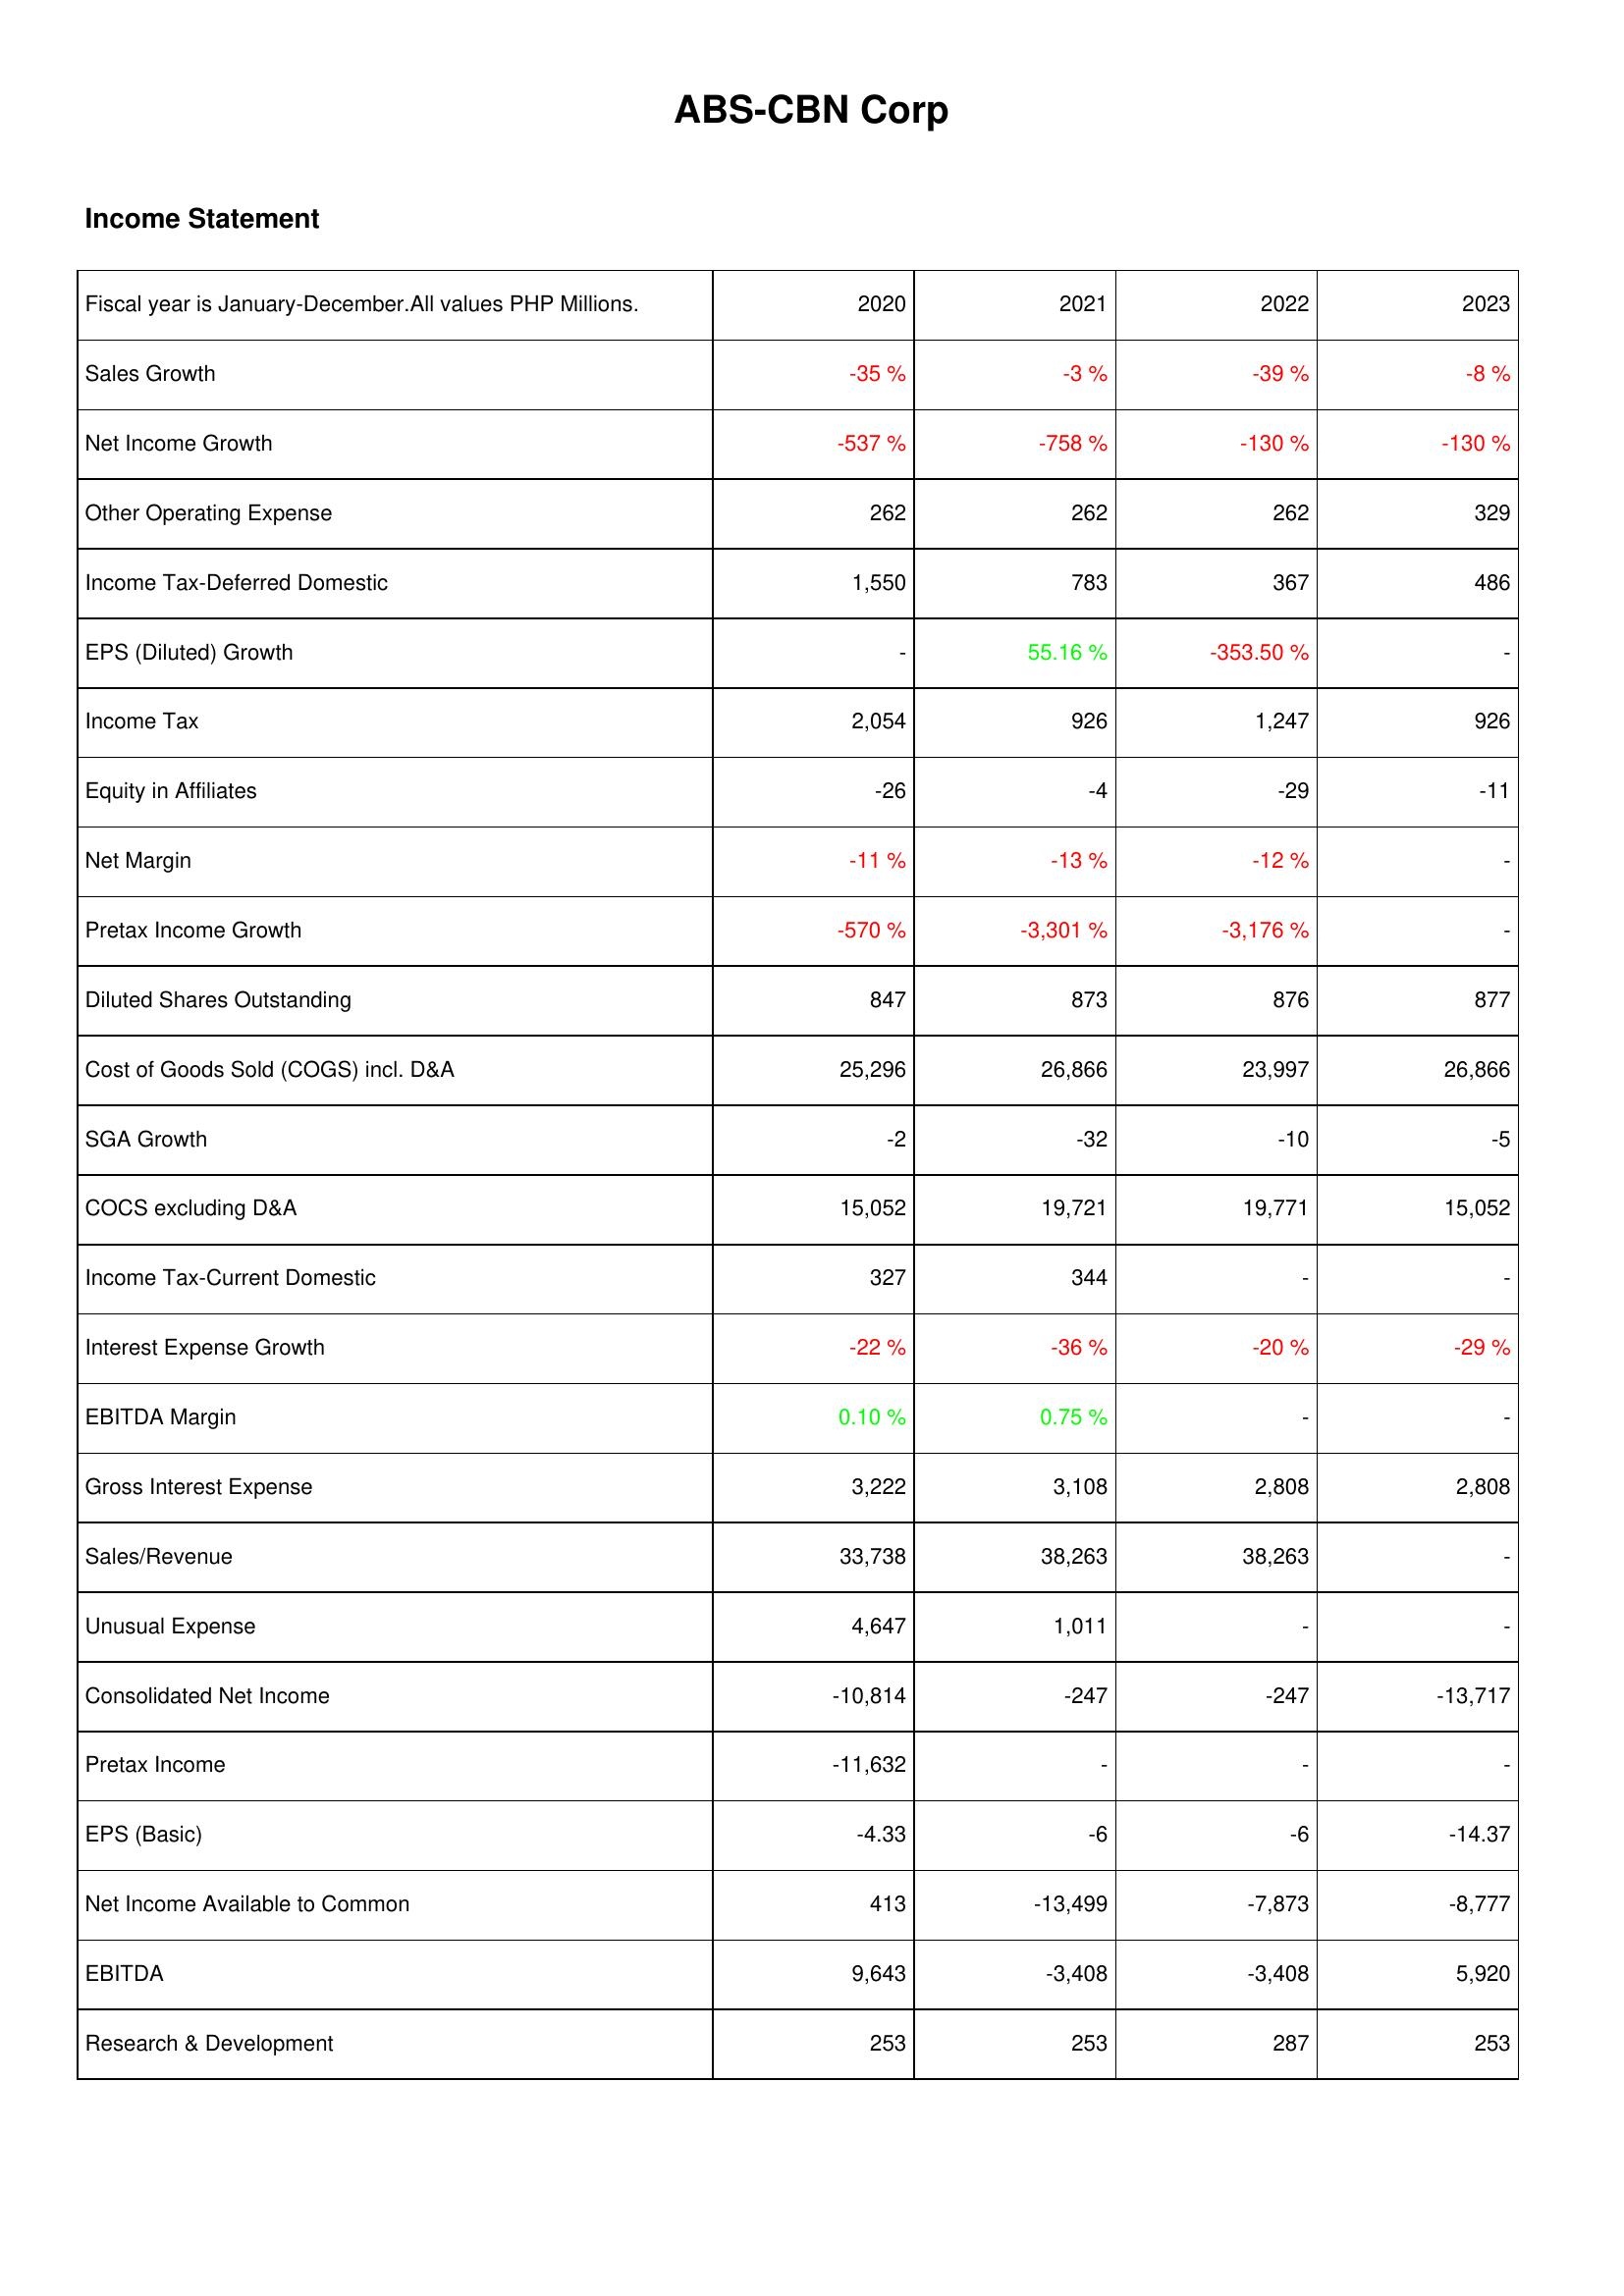
2020: Income Statement: Sales Growth: -35 %
Net Income Growth: -537 %
Other Operating Expense: 262
Income Tax-Deferred Domestic: 1,550
EPS (Diluted) Growth: -
Income Tax: 2,054
Equity in Affiliates: -26
Net Margin: -11 %
Pretax Income Growth: -570 %
Diluted Shares Outstanding: 847
Cost of Goods Sold (COGS) incl. D&A: 25,296
SGA Growth: -2
COCS excluding D&A: 15,052
Income Tax-Current Domestic: 327
Interest Expense Growth: -22 %
EBITDA Margin: 0.10 %
Gross Interest Expense: 3,222
Sales/Revenue: 33,738
Unusual Expense: 4,647
Consolidated Net Income: -10,814
Pretax Income: -11,632
EPS (Basic): -4.33
Net Income Available to Common: 413
EBITDA: 9,643
Research & Development: 253
2021: Income Statement: Sales Growth: -3 %
Net Income Growth: -758 %
Other Operating Expense: 262
Income Tax-Deferred Domestic: 783
EPS (Diluted) Growth: 55.16 %
Income Tax: 926
Equity in Affiliates: -4
Net Margin: -13 %
Pretax Income Growth: -3,301 %
Diluted Shares Outstanding: 873
Cost of Goods Sold (COGS) incl. D&A: 26,866
SGA Growth: -32
COCS excluding D&A: 19,721
Income Tax-Current Domestic: 344
Interest Expense Growth: -36 %
EBITDA Margin: 0.75 %
Gross Interest Expense: 3,108
Sales/Revenue: 38,263
Unusual Expense: 1,011
Consolidated Net Income: -247
Pretax Income: -
EPS (Basic): -6
Net Income Available to Common: -13,499
EBITDA: -3,408
Research & Development: 253
2022: Income Statement: Sales Growth: -39 %
Net Income Growth: -130 %
Other Operating Expense: 262
Income Tax-Deferred Domestic: 367
EPS (Diluted) Growth: -353.50 %
Income Tax: 1,247
Equity in Affiliates: -29
Net Margin: -12 %
Pretax Income Growth: -3,176 %
Diluted Shares Outstanding: 876
Cost of Goods Sold (COGS) incl. D&A: 23,997
SGA Growth: -10
COCS excluding D&A: 19,771
Income Tax-Current Domestic: -
Interest Expense Growth: -20 %
EBITDA Margin: -
Gross Interest Expense: 2,808
Sales/Revenue: 38,263
Unusual Expense: -
Consolidated Net Income: -247
Pretax Income: -
EPS (Basic): -6
Net Income Available to Common: -7,873
EBITDA: -3,408
Research & Development: 287
2023: Income Statement: Sales Growth: -8 %
Net Income Growth: -130 %
Other Operating Expense: 329
Income Tax-Deferred Domestic: 486
EPS (Diluted) Growth: -
Income Tax: 926
Equity in Affiliates: -11
Net Margin: -
Pretax Income Growth: -
Diluted Shares Outstanding: 877
Cost of Goods Sold (COGS) incl. D&A: 26,866
SGA Growth: -5
COCS excluding D&A: 15,052
Income Tax-Current Domestic: -
Interest Expense Growth: -29 %
EBITDA Margin: -
Gross Interest Expense: 2,808
Sales/Revenue: -
Unusual Expense: -
Consolidated Net Income: -13,717
Pretax Income: -
EPS (Basic): -14.37
Net Income Available to Common: -8,777
EBITDA: 5,920
Research & Development: 253